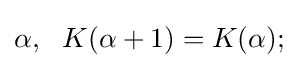
\alpha ,\ \ K(\alpha +1)=K(\alpha );